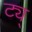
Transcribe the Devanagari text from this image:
ट्य्